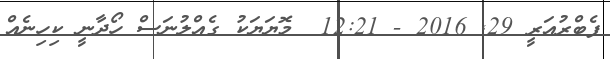
ފެބްރުއަރީ 29